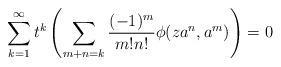
LaTeX: \begin{align*}\sum_{k=1}^\infty t^k \left( \sum_{m+n = k } \dfrac{(- 1)^m}{m ! n!} \phi ( z a^n , a^m) \right) = 0 \end{align*}